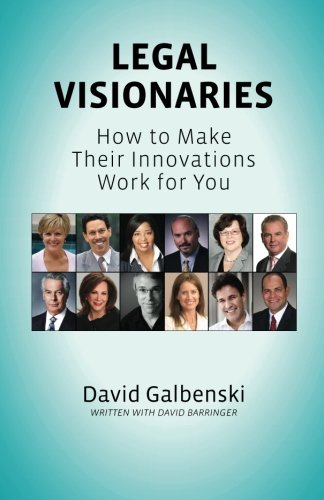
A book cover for Legal Visionaries: How to make their innovations work for you; David Galbenski; Law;